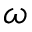
\omega